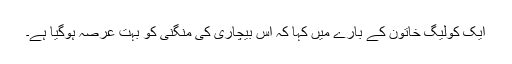
ایک کولیگ خاتون کے بارے میں کہا کہ اس بیچاری کی منگنی کو بہت عرصہ ہوگیا ہے۔